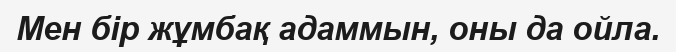
Мен бір жұмбақ адаммын, оны да ойла.